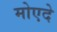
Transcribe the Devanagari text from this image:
मोएदे